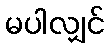
မပါလျှင်